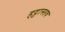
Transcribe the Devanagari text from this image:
हट्टास्तव